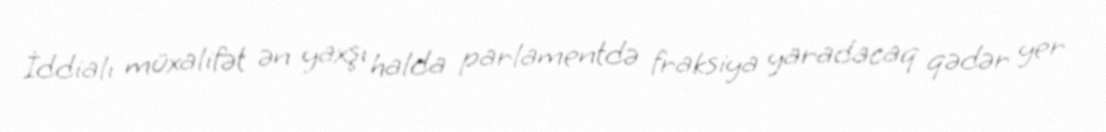
İddialı müxalifət ən yaxşı halda parlamentdə fraksiya yaradacaq qədər yer